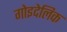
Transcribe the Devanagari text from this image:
गोइदेलिक